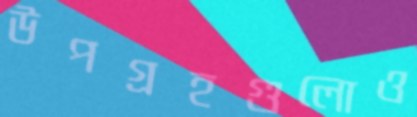
উপগ্রহগুলোও